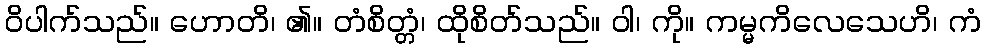
ဝိပါက်သည်။ ဟောတိ၊ ၏။ တံစိတ္တံ၊ ထိုစိတ်သည်။ ဝါ၊ ကို။ ကမ္မကိလေသေဟိ၊ ကံ